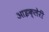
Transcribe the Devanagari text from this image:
आइक्लेरी